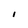
Character: I